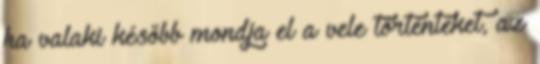
ha valaki később mondja el a vele történteket, az